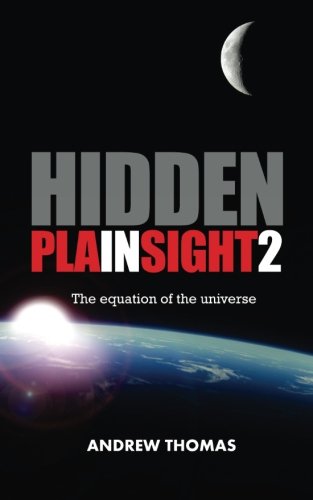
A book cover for Hidden  in Plain Sight 2: The Equation of the Universe; Dr. Andrew H. Thomas; Science & Math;